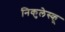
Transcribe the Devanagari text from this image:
निकुलेस्कू